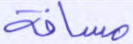
مسافة